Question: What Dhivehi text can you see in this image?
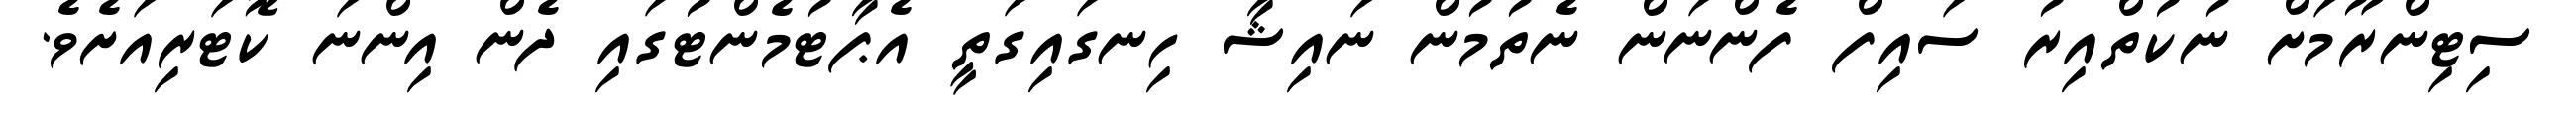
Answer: ސިޓިންރޫމަށް ނުކުތްއިރު ސައިފް ފެންނަން ނެތުމުން ނައިޝާ ހިނގައިގަތީ އެޕާޓުމެންޓުގައި ދެން އިންނަ ކޮޓަރިއަށެވެ.